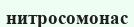
нитросомонас